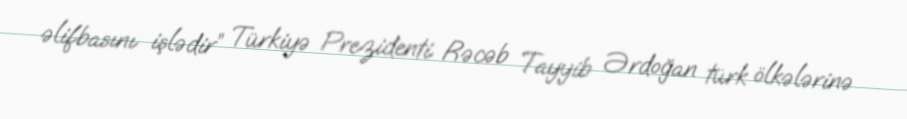
əlifbasını işlədir” Türkiyə Prezidenti Rəcəb Tayyib Ərdoğan türk ölkələrinə